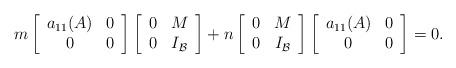
LaTeX: \begin{align*}m\left[\begin{array}{cc}a_{11}(A) & 0 \\0 & 0 \\\end{array}\right]\left[\begin{array}{cc}0 & M\\0 & I_{\mathcal{B}} \\\end{array}\right]+n\left[\begin{array}{cc}0 & M\\0 & I_{\mathcal{B}} \\\end{array}\right]\left[\begin{array}{cc}a_{11}(A) & 0 \\0 & 0 \\\end{array}\right]=0.\end{align*}